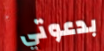
بدعوتي